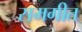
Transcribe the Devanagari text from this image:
समगीत